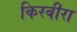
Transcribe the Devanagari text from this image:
किरबीरा